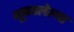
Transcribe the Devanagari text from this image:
भूषवलेल्या